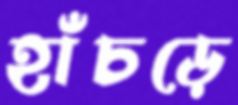
হাঁচড়ে